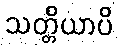
သတ္တိယာပိ